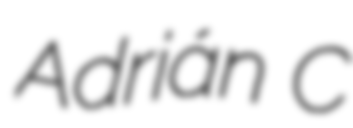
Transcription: Adrián C